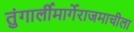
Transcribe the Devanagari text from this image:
तुंगार्लीमार्गेराजमाचीला